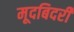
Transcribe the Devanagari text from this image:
मूदबिदरी